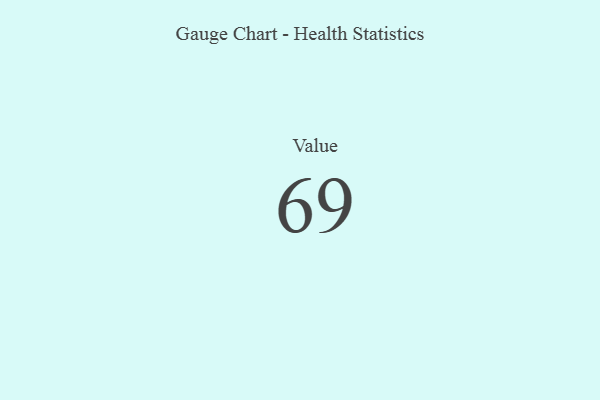
{"axis": {"x": "Metric", "y": "Value"}, "legend": [""], "data": [{"x": "Value", "y": 69, "type": ""}]}